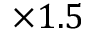
\times 1 . 5